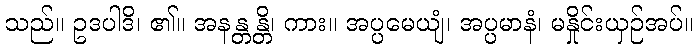
သည်။ ဥဒပါဒိ၊ ၏။ အနန္တန္တိ၊ ကား။ အပ္ပမေယျံ၊ အပ္ပမာနံ၊ မနှိုင်းယှဉ်အပ်။